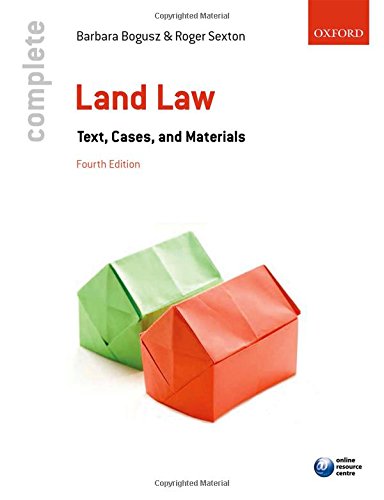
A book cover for Complete Land Law: Text, Cases, and Materials; Barbara Bogusz; Law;